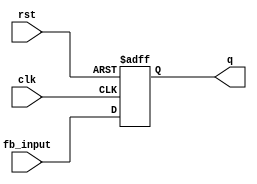
module feedback_register #(
    parameter WIDTH = 4  // Define the width of the register (default is 4 bits)
)(
    input wire clk,          // Clock signal
    input wire rst,          // Asynchronous reset signal
    input wire [WIDTH-1:0] fb_input, // Feedback input signal
    output reg [WIDTH-1:0] q // Output of the register
);

    // Always block triggered on the rising edge of the clock or when reset is asserted
    always @(posedge clk or posedge rst) begin
        if (rst) begin
            // Asynchronous reset: set output to zero
            q <= {WIDTH{1'b0}}; // Reset output to 0
        end else begin
            // Update output with feedback input
            q <= fb_input; // Update output with feedback input
        end
    end

endmodule